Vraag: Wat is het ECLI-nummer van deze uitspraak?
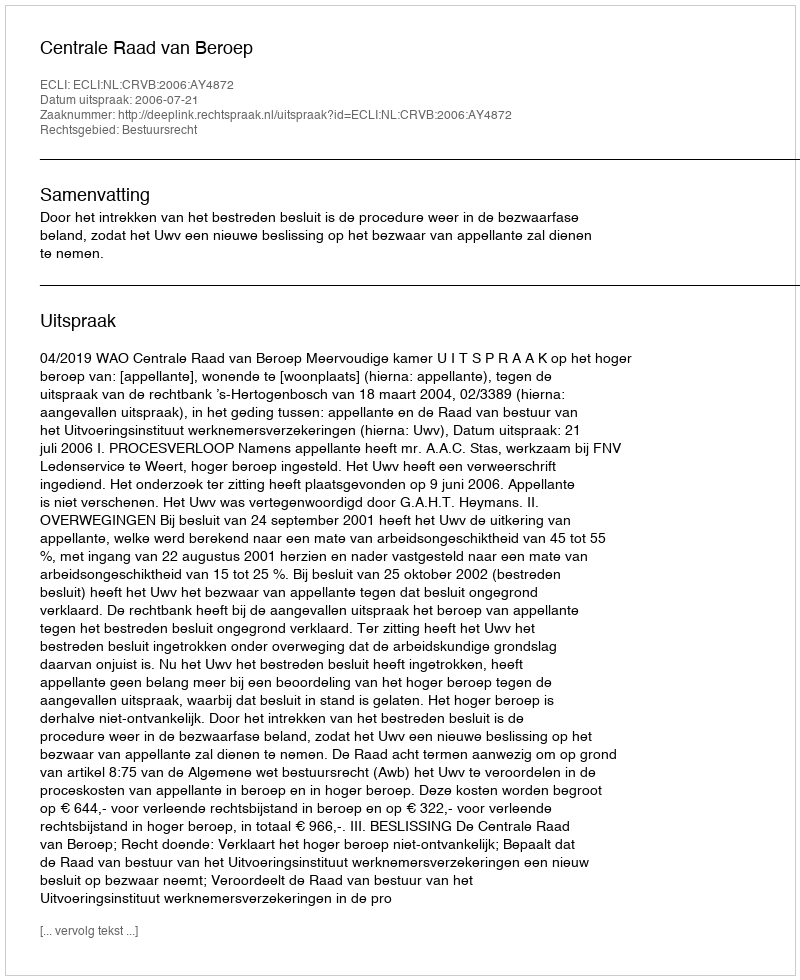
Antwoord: ECLI:NL:CRVB:2006:AY4872